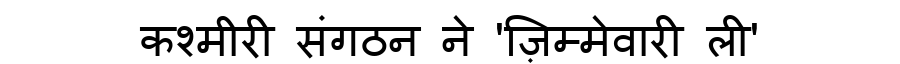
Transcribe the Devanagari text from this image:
कश्मीरी संगठन ने 'ज़िम्मेवारी ली'